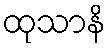
ထုသာနိ